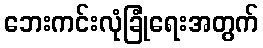
ဘေးကင်းလုံခြုံရေးအတွက်